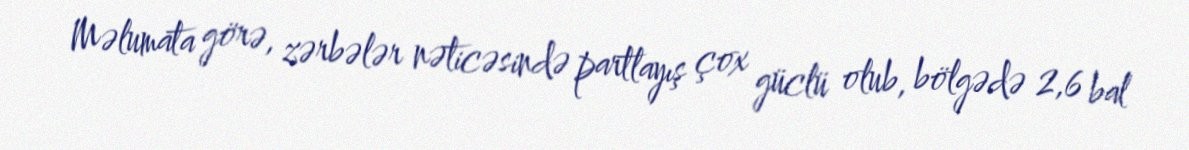
Məlumata görə, zərbələr nəticəsində partlayış çox güclü olub, bölgədə 2,6 bal